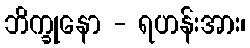
ဘိက္ခုနော - ရဟန်းအား၊